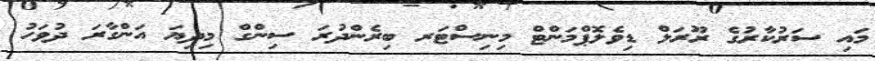
މައި ސަރުކާރުގެ ރޫރަލް ޑިވެލޮޕްމަންޓް މިނިސްޓަރ ބިރެންދުރަ ސިންގް މިދިޔަ އަންގާރަ ދުވަހު